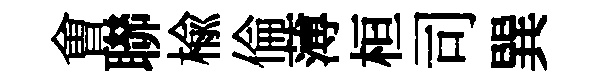
㑹聯楡倫薄桓司巽